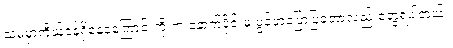
သူမမှာကိုယ်ဝန်ရှိနေခဲ့ကြောင်းကို က နောက်ပိုင်းမှ ဖွင့်ဟပြောပြခဲ့တာလည်းတွေ့ရပါတယ်။